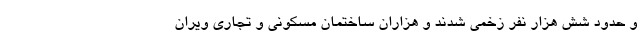
و حدود شش هزار نفر زخمی شدند و هزاران ساختمان مسکونی و تجاری ویران